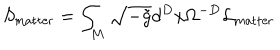
S _ { \mathrm { m a t t e r } } = \int _ { M } \sqrt { - \tilde { g } } d ^ { D } x \Omega ^ { - D } { \cal L } _ { \mathrm { m a t t e r } }